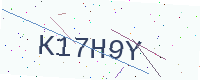
Text: K17H9Y